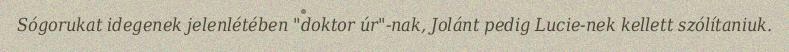
Sógorukat idegenek jelenlétében "doktor úr"-nak, Jolánt pedig Lucie-nek kellett szólítaniuk.